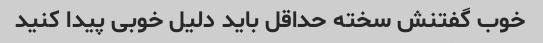
خوب گفتنش سخته حداقل باید دلیل خوبی پیدا کنید